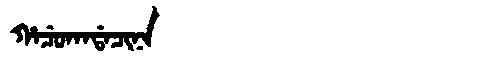
Manchu: ᡥᠠᠴᡠᡴᠠᡩᠠᠴᡳᠨᠠ
Romanization: HACUKADACINA